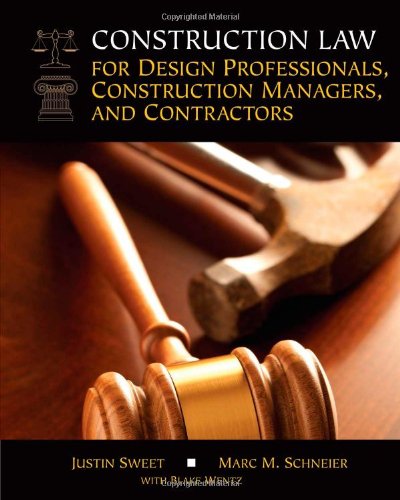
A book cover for Construction Law for Design Professionals, Construction Managers and Contractors; Justin Sweet; Law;